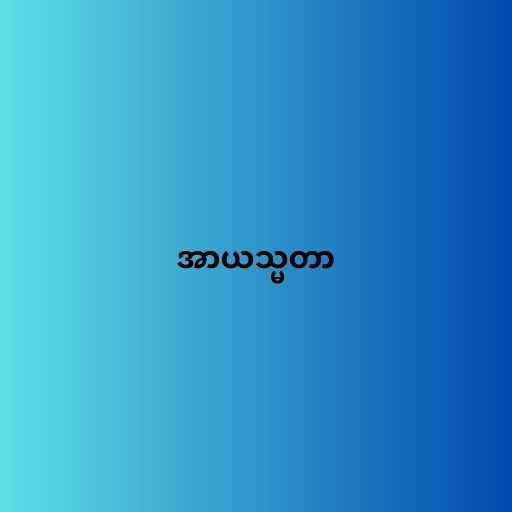
အာယသ္မတာ